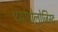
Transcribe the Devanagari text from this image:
एंथ्रोपोलोजिस्ट